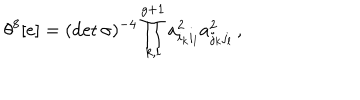
\theta ^ { 8 } [ e ] = ( \det { \sigma } ) ^ { - 4 } \prod _ { k , l } ^ { g + 1 } a _ { i _ { k } i _ { l } } ^ { 2 } a _ { j _ { k } j _ { l } } ^ { 2 } \, ,